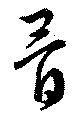
骨